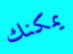
يمكنك